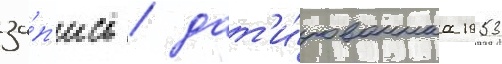
за́п'ись / дат'и́рованнаа 1953